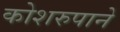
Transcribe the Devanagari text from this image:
कोशरुपाने